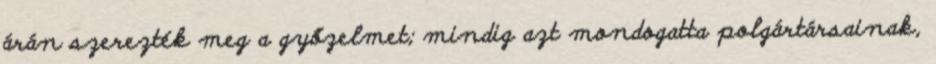
árán szerezték meg a győzelmet; mindig azt mondogatta polgártársainak,